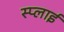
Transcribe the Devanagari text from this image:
स्प्लाई